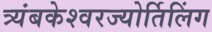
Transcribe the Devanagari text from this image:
त्र्यंबकेश्‍वरज्योर्तिलिंग